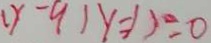
( y - 9 ) y = 1 > 0